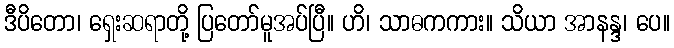
ဒီပိတော၊ ရှေးဆရာတို့ ပြတော်မူအပ်ပြီ။ ဟိ၊ သာဓကကား။ သိယာ အာနန္ဒ၊ ပေ။